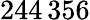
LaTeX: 244\, 356